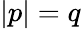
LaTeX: |p|=q